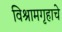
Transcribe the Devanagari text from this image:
विश्रामगृहाचे